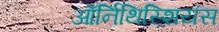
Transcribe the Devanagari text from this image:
ऑर्निथिस्शियंस